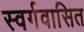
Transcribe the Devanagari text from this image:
स्वर्गवासित